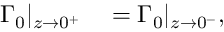
\begin{array} { r l } { \Gamma _ { 0 } | _ { z \to 0 ^ { + } } } & { { } = \Gamma _ { 0 } | _ { z \to 0 ^ { - } } , } \end{array}